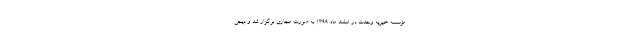
مؤسسه خیریه وحدت در اسفند ماه 1399 به صورت مجازی برگزار شد و دیجی